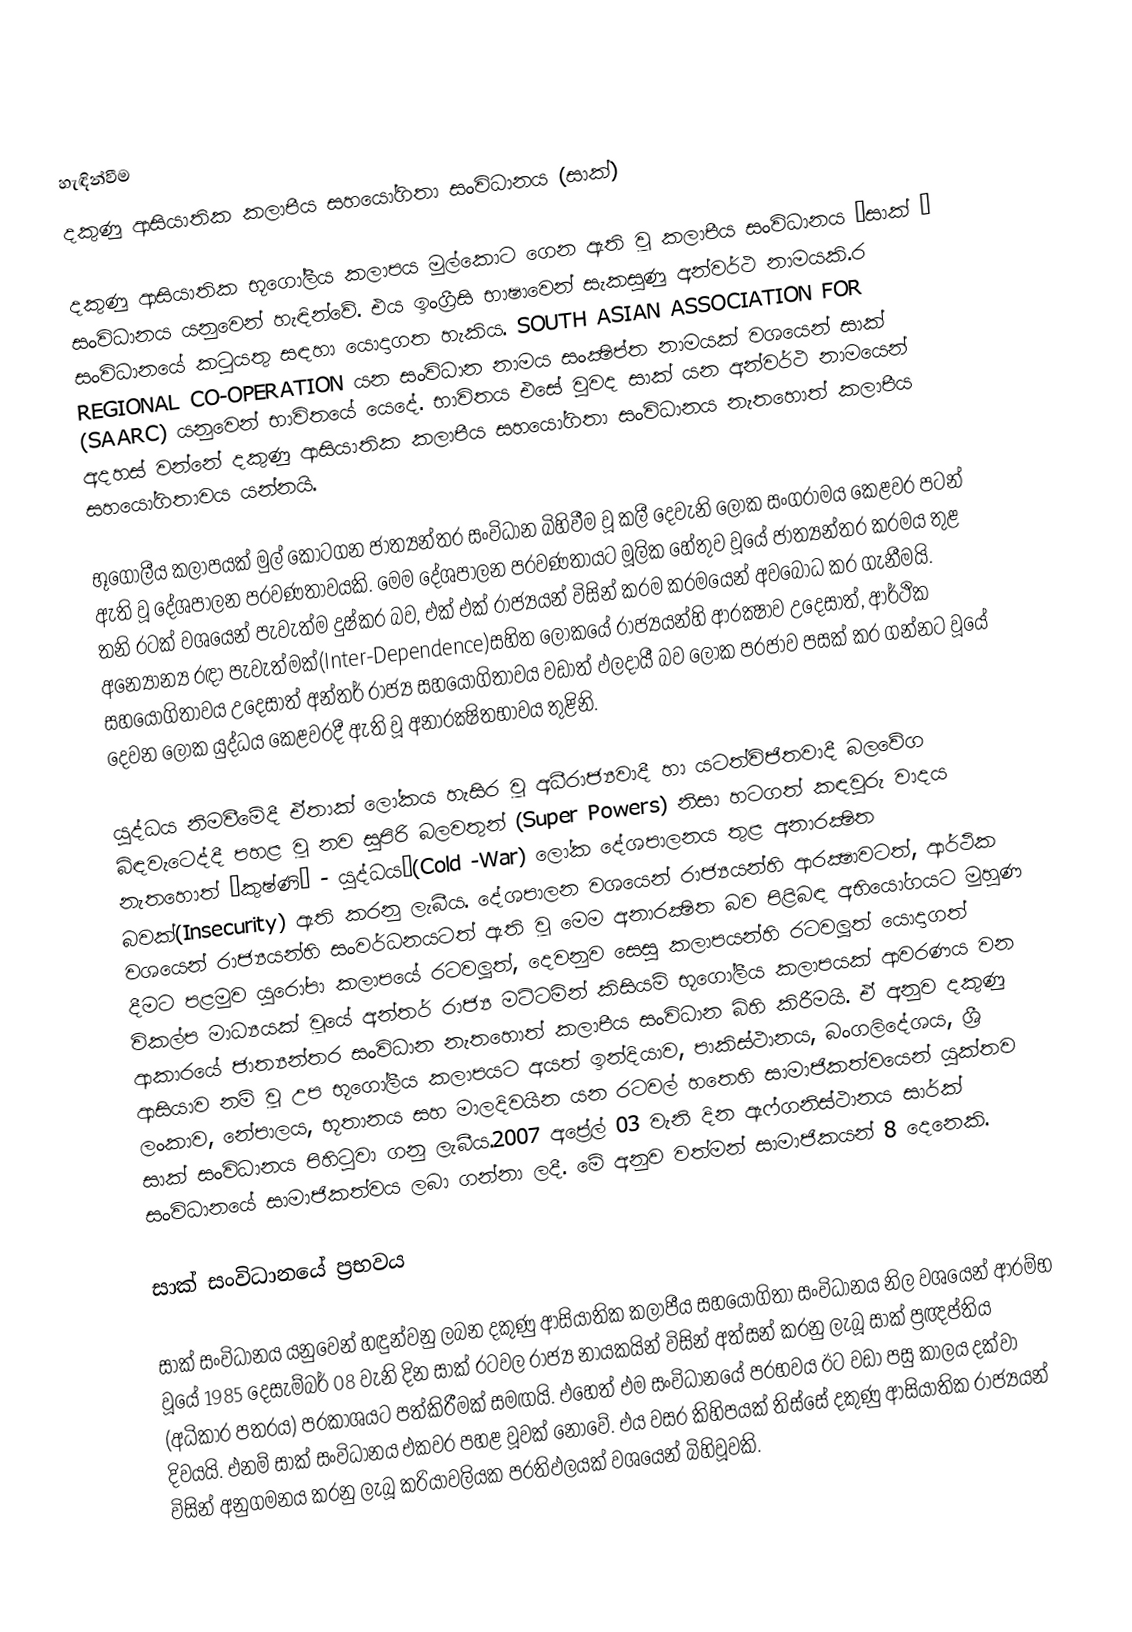

හැඳින්වීම
දකුණු ආසියාතික කලාපීය සහයෝගිතා සංවිධානය (සාක්)

දකුණු ආසියාතික භූගෝලීය කලාපය මුල්කොට ගෙන ඇති වූ කලාපීය සංවිධානය ‘සාක් ’ සංවිධානය යනුවෙන් හැඳින්වේ. එය ඉංග‍්‍රීසි භාෂාවෙන් සැකසුණු අන්වර්ථ නාමයකි.ර සංවිධානයේ කටුයතු සඳහා යොදාගත හැකිය.  SOUTH ASIAN ASSOCIATION FOR REGIONAL CO-OPERATION යන සංවිධාන නාමය සංක්‍ෂිප්ත නාමයක් වශයෙන් සාක් (SAARC) යනුවෙන් භාවිතයේ යෙදේ. භාවිතය එසේ වුවද සාක් යන අන්වර්ථ නාමයෙන් අදහස් වන්නේ දකුණු ආසියාතික කලාපීය සහයෝගිතා සංවිධානය නැතහොත් කලාපීය සහයෝගිතාවය  යන්නයි.

භූගෝලීය කලාපයක් මුල් කොටගන ජාත්‍යන්තර සංවිධාන බිහිවීම වූ කලී  දෙවැනි ලෝක සංග‍්‍රාමය කෙළවර පටන් ඇති වූ දේශපාලන ප‍්‍රවණතාවයකි. මෙම දේශපාලන ප‍්‍රවණතායට මූලික හේතුව වූයේ ජාත්‍යන්තර ක‍්‍රමය තුළ තනි රටක් වශයෙන් පැවැත්ම දුෂ්කර බව, එක් එක් රාජ්‍යයන් විසින් ක‍්‍රම ක‍්‍රමයෙන් අවබෝධ කර ගැනීමයි. අන්‍යෝන්‍ය රඳා පැවැත්මක්(Inter-Dependence)සහිත ලෝකයේ රාජ්‍යයන්හි ආරක්‍ෂාව උදෙසාත්, ආර්ථික සහයෝගිතාවය උදෙසාත් අන්තර් රාජ්‍ය සහයෝගිතාවය වඩාත් ඵලදායී බව ලෝක ප‍්‍රජාව පසක් කර ගන්නට වූයේ දෙවන ලෝක යුද්ධය කෙළවරදී ඇති වූ අනාරක්‍ෂිතභාවය තුළිනි.

යුද්ධය නිමවීමේදී ඒතාක් ලෝකය හැසිර වූ අධීරාජ්‍යවාදී හා යටත්විජිතවාදී බලවේග බිඳවැටෙද්දී පහළ වූ නව සුපිරි බලවතුන් (Super Powers) නිසා හටගත් කඳවුරු වාදය නැතහොත් ‘කුෂ්ණි’ - යුද්ධය’(Cold -War) ලෝක දේශපාලනය තුළ අනාරක්‍ෂිත බවක්(Insecurity) ඇති කරනු ලැබීය. දේශපාලන වශයෙන් රාජ්‍යයන්හි ආරක්‍ෂාවටත්, ආර්ථික වශයෙන් රාජ්‍යයන්හි සංවර්ධනයටත් ඇති වූ මෙම අනාරක්‍ෂිත බව පිළිබඳ අභියෝගයට මුහුණ දීමට පළමුව යුරෝපා කලාපයේ රටවලූත්, දෙවනුව සෙසු කලාපයන්හි රටවලූත් යොදාගත් විකල්ප මාධ්‍යයක් වූයේ අන්තර් රාජ්‍ය මට්ටමින් කිසියම් භූගෝලීය කලාපයක් ආවරණය වන ආකාරයේ ජාත්‍යන්තර සංවිධාන නැතහොත් කලාපීය සංවිධාන බිහි කිරීමයි. ඒ අනුව දකුණු ආසියාව නම් වූ උප භූගෝලීය කලාපයට අයත් ඉන්දියාව, පාකිස්ථානය, බංගලිදේශය, ශ‍්‍රී ලංකාව, නේපාලය, භූතානය සහ මාලදිවයින යන රටවල් හතෙහි සාමාජිකත්වයෙන් යුක්තව සාක් සංවිධානය පිහිටුවා ගනු ලැබීය.2007 අප්‍රේල් 03 වැනි දින ඇෆ්ගනිස්ථානය සාර්ක් සංවිධානයේ සාමාජිකත්වය ලබා ගන්නා ලදී. මේ අනුව වත්මන් සාමාජිකයන් 8 දෙනෙකි.

සාක් සංවිධානයේ ප‍්‍රභවය

සාක් සංවිධානය යනුවෙන් හඳුන්වනු ලබන දකුණු ආසියාතික කලාපීය සහයෝගිතා සංවිධානය නිල වශයෙන් ආරම්භ වූයේ 1985 දෙසැම්බර් 08 වැනි දින සාක් රටවල රාජ්‍ය නායකයින්  විසින් අත්සන් කරනු ලැබූ සාක් ප්‍රඥප්තිය (අධිකාර පත‍්‍රය) ප‍්‍රකාශයට පත්කිරීමක් සමඟයි. එහෙත් එම සංවිධානයේ ප‍්‍රභවය ඊට වඩා පසු කාලය දක්වා දිවයයි. එනම් සාක් සංවිධානය එකවර පහළ වූවක් නොවේ. එය වසර කිහිපයක් තිස්සේ දකුණු ආසියාතික රාජ්‍යයන් විසින් අනුගමනය කරනු ලැබූ ක‍්‍රියාවලියක ප‍්‍රතිඵලයක් වශයෙන් බිහිවූවකි.